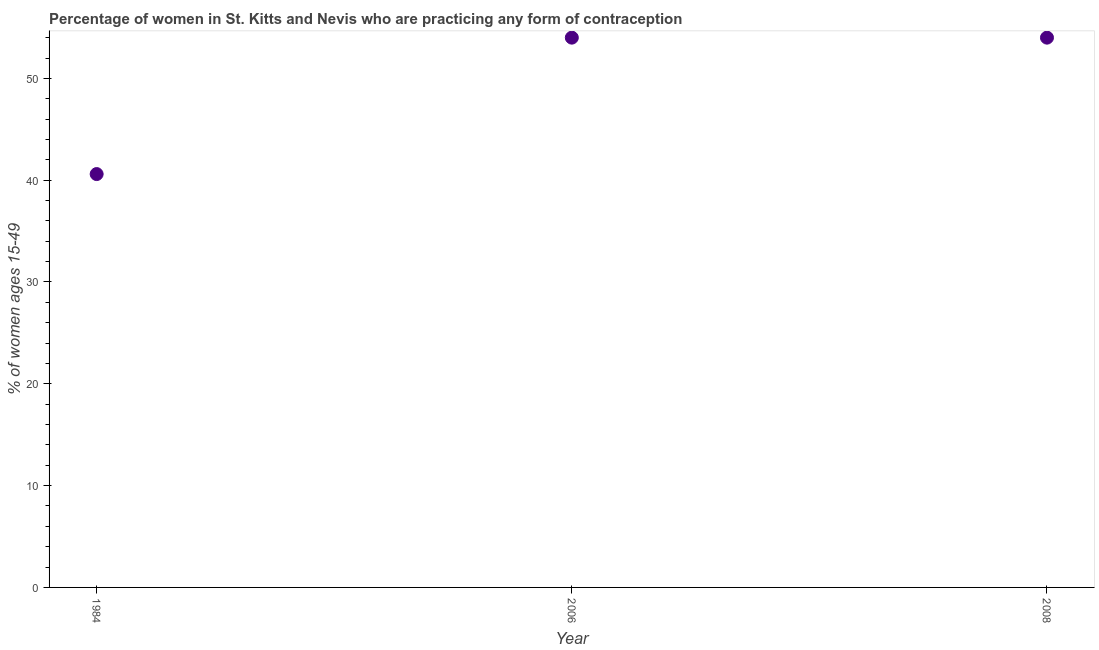
| Year | Contraceptive prevalence |
 | --- | --- |
 | 1984 | 40.6 |
 | 2006 | 54 |
 | 2008 | 54 |